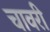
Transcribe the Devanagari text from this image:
चावरी